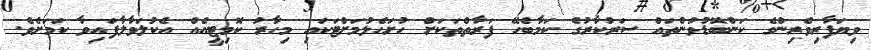
ވިޔަފާރިވެރިންގެ ކަންބޮޑުވުންތައް ސަރުކާރުގެ ކަމާބެހޭ ފަރާތްތަކަށް ހުށަހެޅުމަށްޓަކައި މިހާރު ކޮމިޓީއެއް އެކުލަވާލާފައިވާ ކަމަށެވެ.